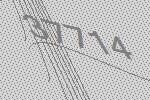
37714